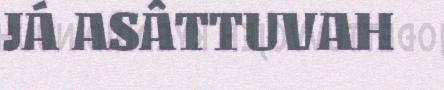
JÁ ASÂTTUVAH